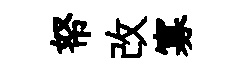
帑改寡